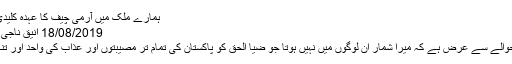
ہمارے ملک میں آرمی چیف کا عہدہ کلیدی حیثیت رکھتا…
18/08/2019 انیق ناجی 2,341 Views
سترہ اگست کے حوالے سے عرض ہے کہ میرا شمار ان لوگوں میں نہیں ہوتا جو ضیا الحق کو پاکستان کی تمام تر مصیبتوں اور عذاب کی واحد اور تنہا وجہ مانتے ہیں۔